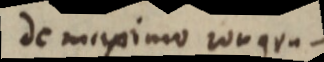
de maximo congru–